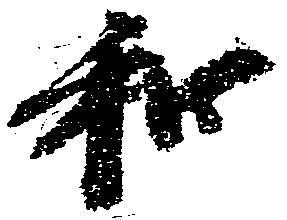
和